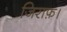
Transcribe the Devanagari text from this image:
जिराफ़।